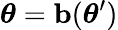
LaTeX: {\boldsymbol{\theta}}=\mathbf{b}({\boldsymbol{\theta}}^{\prime})